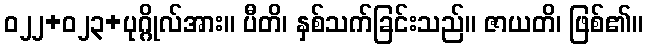
ဝ၂၂+၀၂၃+ပုဂ္ဂိုလ်အား။ ပီတိ၊ နှစ်သက်ခြင်းသည်။ ဇာယတိ၊ ဖြစ်၏။